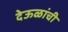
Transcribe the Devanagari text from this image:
देऊळांची